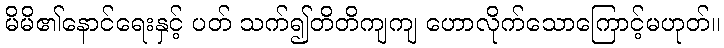
မိမိ၏နောင်ရေးနှင့် ပတ် သက်၍တိတိကျကျ ဟောလိုက်သောကြောင့်မဟုတ်။